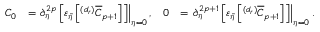
\begin{array} { r l r l } { C _ { 0 } } & { = \left. \partial _ { \eta } ^ { 2 p } \left[ \varepsilon _ { \tilde { \eta } } \left[ ^ { ( d _ { r } ) } \overline { { C } } _ { p + 1 } \right] \right] \right| _ { \eta = 0 } , } & { 0 } & { = \left. \partial _ { \eta } ^ { 2 p + 1 } \left[ \varepsilon _ { \tilde { \eta } } \left[ ^ { ( d _ { r } ) } \overline { { C } } _ { p + 1 } \right] \right] \right| _ { \eta = 0 } . } \end{array}